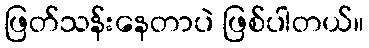
ဖြတ်သန်းနေတာပဲ ဖြစ်ပါတယ်။